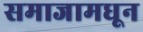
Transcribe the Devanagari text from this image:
समाजामधून